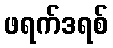
ဖရက်ဒရစ်